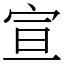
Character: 宣